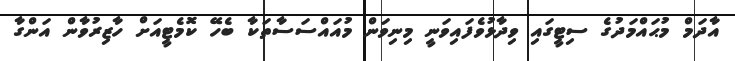
އާދަމް މުޙައްމަދުގެ ސިޓީގައި ވިދާޅުވެފައިވަނީ މިނިވަން މުއައްސަސާތަކާ ބެހޭ ކޮމެޓީއަށް ހާޒިރުވާން އަންގާ